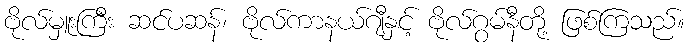
ဗိုလ်မှူးကြီး ဆင်ပဆန်၊ ဗိုလ်ကာနယ်ဂျီနှင့် ဗိုလ်ဂွမ်နီတို့ ဖြစ်ကြသည်။